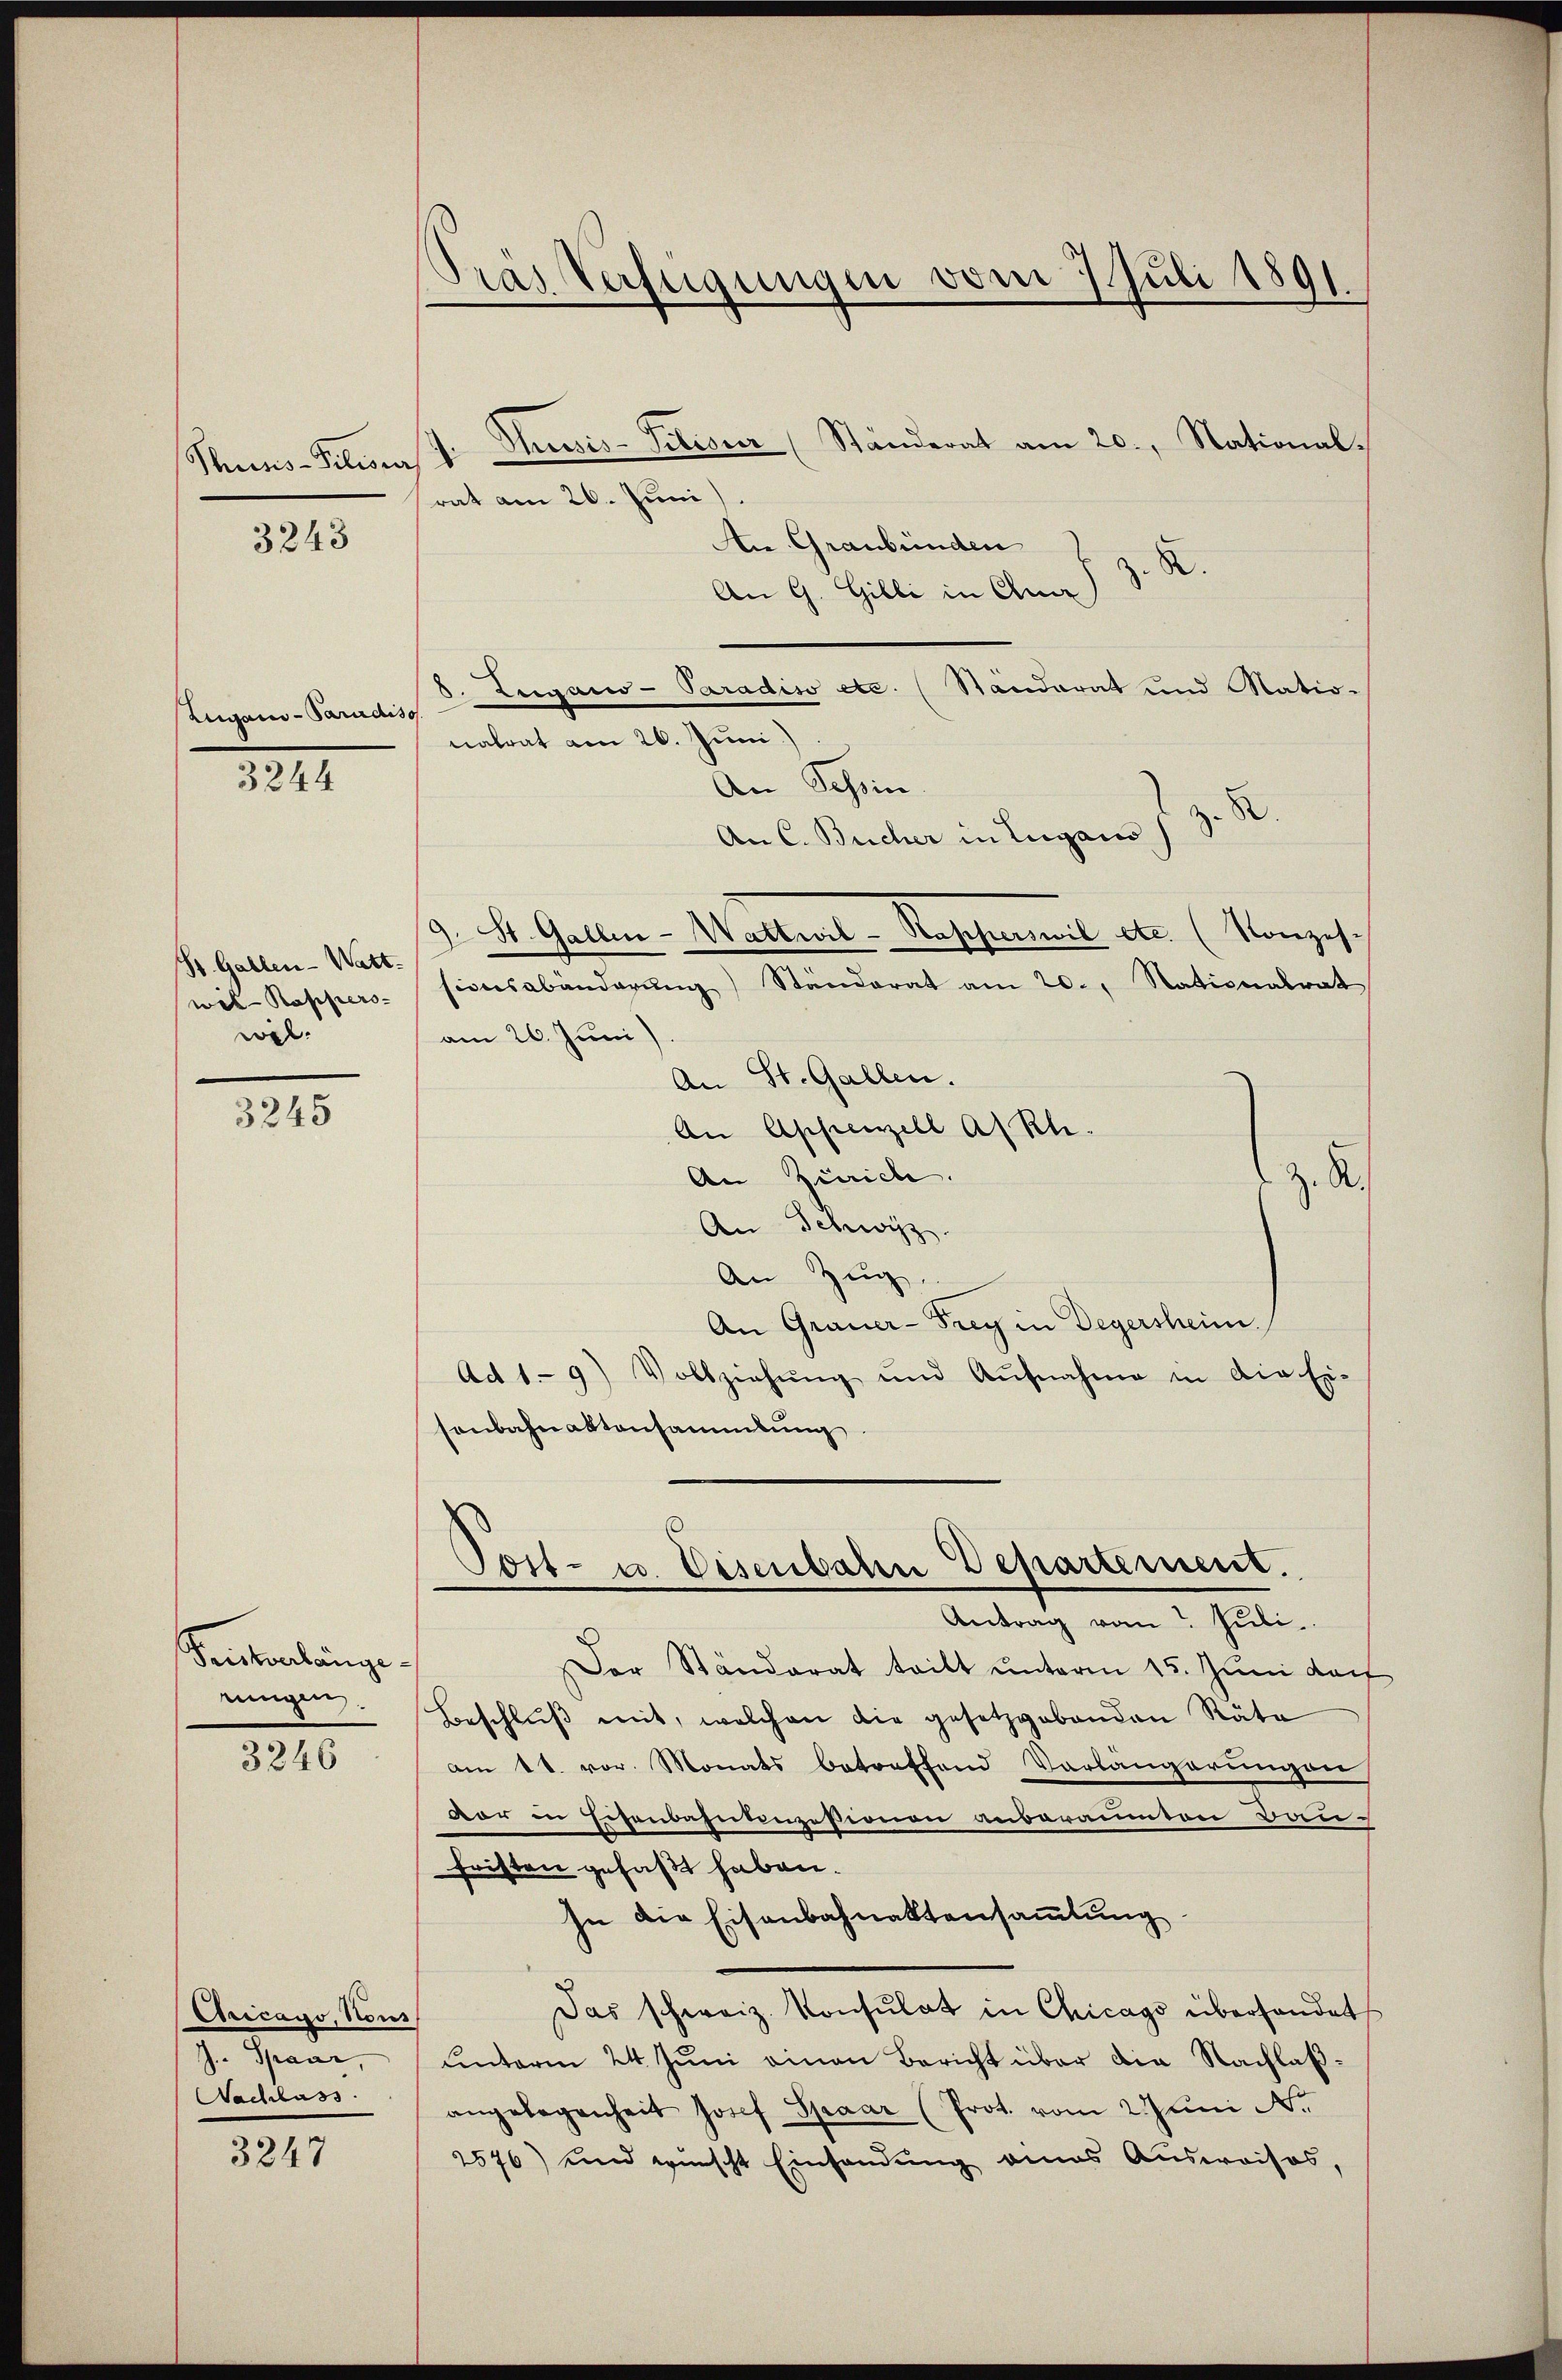
Thuns-Poliers d
3243

Lugano - Paradiso

3244

St. Gallen-Wart-
wil - Kappero-
wel

3245

Senkonlängerungen.

3246

Aricago, Nous
J. Spaar
Nachlass

3247

Thusis-Titisir (Ständerat am 20., Stationalrat am 26. Juni)
An Graubünden z. R.
An G. Gilli in Que
d. Lugano-Paradiso etc. (Standerat und Matio-
nalrat am 26. Juni
An Schein.
.
An C. Bucher in Lugano d. 3.
9. St. Gallen-Wattwil-Kapperswil etc. (Konzes-
sionsabänderŭng Standorat am 20., Stationalrat
am 26. Juni)
An St. Gallen.
An Appenzell A/Rh.
An Zürich.
z. R.
An Schwyz.
An Zug
An Grauer-Frey in Degersheim.
Ad 19) Vollziehŭng und Aŭfnahme in die Ei-
sonbahnaktensammlung
¬
Post- u. Eisenbahn Departement.
Antrag vom Juli.
Der Standerat teilt unterm 15. Juni doc
Beschluß mit, welchen die gesetzgebenden Räte
am 4t. vor. Monats betreffend Verlangerungen
var in Eisenbahnanzessionen anberainton Bau-
fristen gefaßt haben.
In die Eisenbahnaktensammlung
Das schweiz. Konsulat in Chicago überhandet
unterm 24. Juni einen Bericht über die Nachlaßangelegenheit Josef Spaar (Prot. vom 2. Juni N.
2576) und wünscht Einsendung eines Ausweises,

Pras Verfügungen vom 7. Juli 1891.